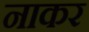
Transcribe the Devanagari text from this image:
नाकर